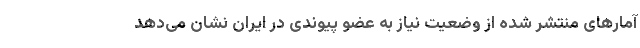
آمار‌های منتشر شده از وضعیت نیاز به عضو پیوندی در ایران نشان می‌دهد